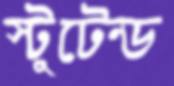
স্টুটেন্ড